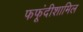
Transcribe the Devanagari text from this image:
फफूंदीशामिल